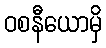
ဝစနီယောမှိ